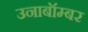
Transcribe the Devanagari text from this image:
उनाबॉम्बर